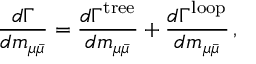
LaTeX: \frac { d \Gamma } { d m _ { \mu \bar { \mu } } } = \frac { d \Gamma ^ { \mathrm { { t r e e } } } } { d m _ { \mu \bar { \mu } } } + \frac { d \Gamma ^ { \mathrm { l o o p } } } { d m _ { \mu \bar { \mu } } } \, , \,